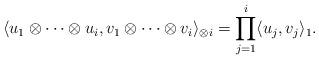
LaTeX: \begin{align*}\langle u_1\otimes\cdots\otimes u_i,v_1\otimes \cdots\otimes v_i\rangle_{\otimes i}=\prod_{j=1}^i\langle u_j,v_j\rangle_1.\end{align*}